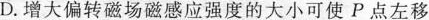
D.增大偏转磁场磁感应强度的大小可使P点左移